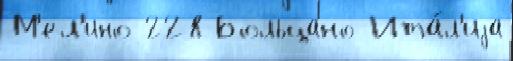
М'ел'ино 228 Больцано Ита́л'иjа